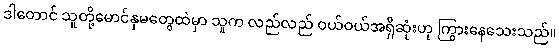
ဒါတောင် သူတို့မောင်နှမတွေထဲမှာ သူက လည်လည် ဝယ်ဝယ်အရှိဆုံးဟု ကြွားနေသေးသည်။